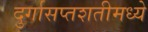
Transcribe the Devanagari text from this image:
दुर्गासप्तशतीमध्ये